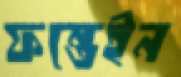
ফন্তেইন